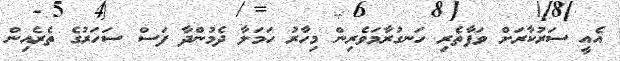
އެއީ ސަރުކާރަށް ވަފާތެރި ހަނގުރާމަވެރިން މިހާރު ހަމަލާ ދެމުންދާ ފަސް ސަހަރުގެ ތެރެއިން